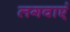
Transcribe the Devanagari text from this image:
लगवाएं